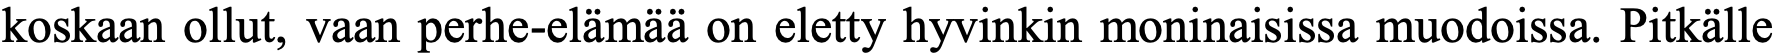
koskaan ollut, vaan perhe-elämää on eletty hyvinkin moninaisissa muodoissa. Pitkälle